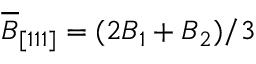
\overline { { B } } _ { [ 1 1 1 ] } = ( 2 B _ { 1 } + B _ { 2 } ) / 3